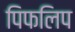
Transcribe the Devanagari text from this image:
पिफलिप